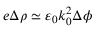
e \Delta \rho \simeq \varepsilon _ { 0 } k _ { 0 } ^ { 2 } \Delta \phi